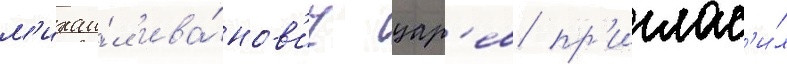
м'ихаи́л ива́нов'ич цар'ев пр'иглас'и́л